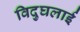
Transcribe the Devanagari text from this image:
विदुघलाई